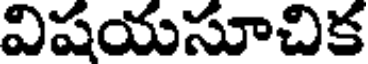
విషయసూచిక